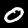
Label: 0